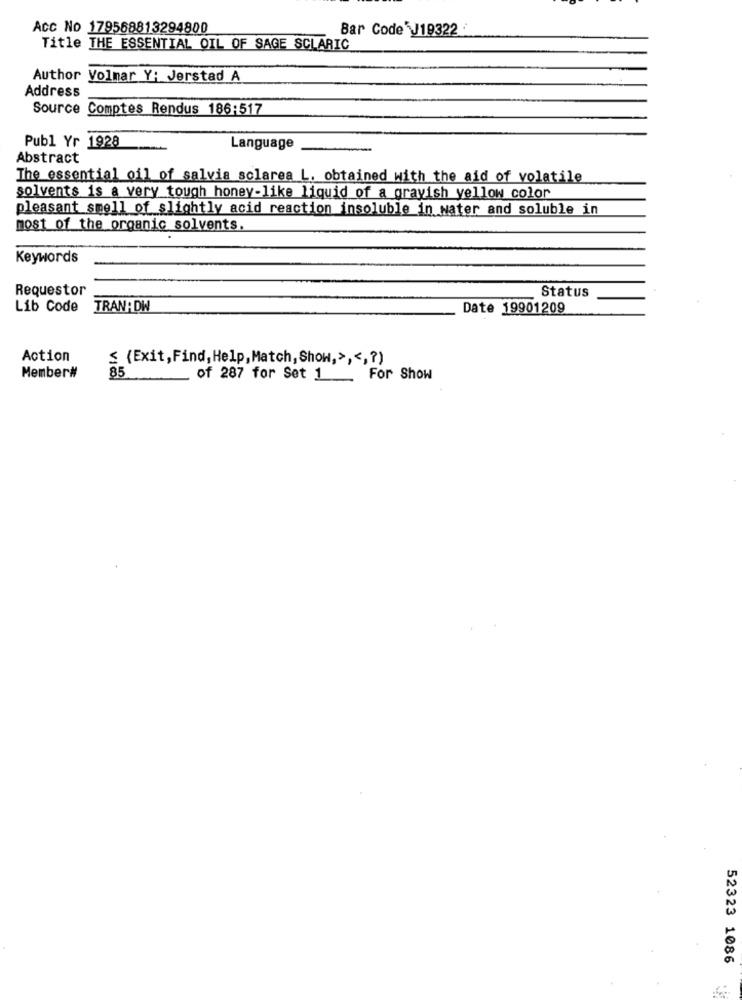
Acc No 179568813294800
Bar Code J19322
Title THE ESSENTIAL OIL OF SAGE SCLARIC
Author Volnar Y: Jerstad A
Address
Source Comptes Rendus 186:517
Publ Yr 1928
Language
Abstract
The essential oil of salvia sclarea L. obtained with the aid of volatile
solvents is a very tough honey-like liquid of a grayish yellow color
pleasant smell of slightly acid reaction insoluble in water and soluble in
most of the organic solvents.
Keywords
Requestor
Status
Lib Code TRAN:DW
Date 19901209
Action
≤ {Exit, Find, Help, Match, Show,> ,<, ? )
Member#
85
of 287 for Set 1 . For Show
52323 1086